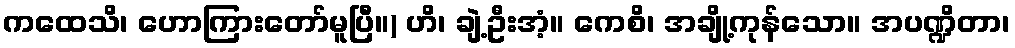
ကထေသိ၊ ဟောကြားတော်မူပြီ။) ဟိ၊ ချဲ့ဦးအံ့။ ကေစိ၊ အချို့ကုန်သော။ အပဏ္ဍိတာ၊